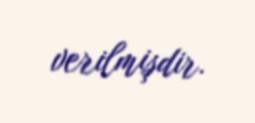
verilmişdir.